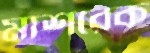
মাশরেক